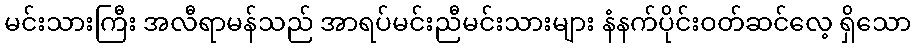
မင်းသားကြီး အလီရာမန်သည် အာရပ်မင်းညီမင်းသားများ နံနက်ပိုင်းဝတ်ဆင်လေ့ ရှိသော